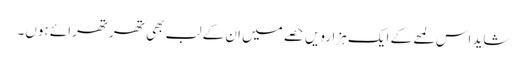
شاید اس لمحے کے ایک ہزارویں حصے میں ان کے لب بھی تھرتھرائے ہوں۔